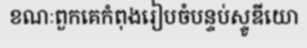
ខណៈពួកគេកំពុងរៀបចំបន្ទប់ស្ទូឌីយោ